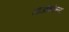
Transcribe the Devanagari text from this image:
लाओझीच्या